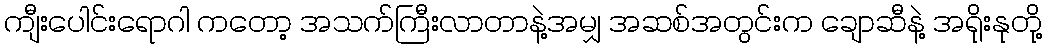
ကျီးပေါင်းရောဂါ ကတော့ အသက်ကြီးလာတာနဲ့အမျှ အဆစ်အတွင်းက ချောဆီနဲ့ အရိုးနုတို့